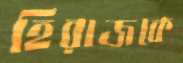
হিরাজকে